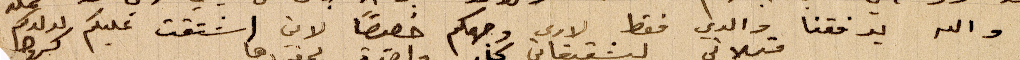
والله يوفقنا والدي فقط لارى وجهكم خصوصًا لاني اشتقت عليكم لولديكم